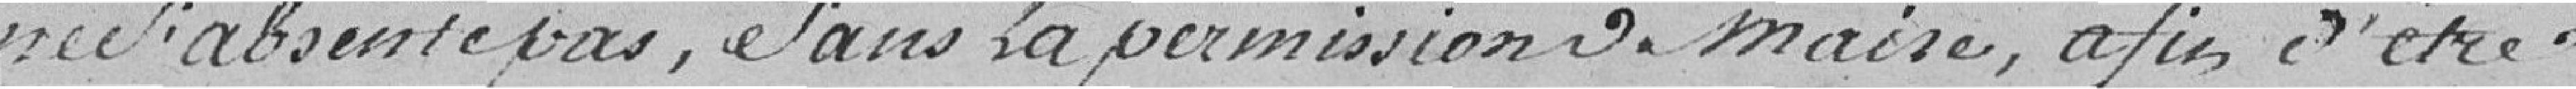
ne s'absente pas sans la permission du maire, afin d'être